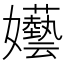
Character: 𡤦